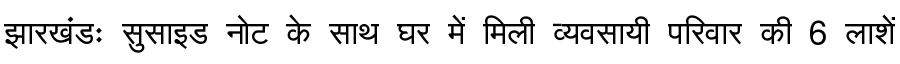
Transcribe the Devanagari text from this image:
झारखंडः सुसाइड नोट के साथ घर में मिली व्यवसायी परिवार की 6 लाशें